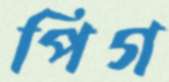
পিগ